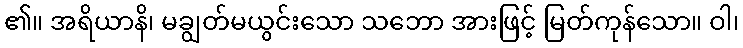
၏။ အရိယာနိ၊ မချွတ်မယွင်းသော သဘော အားဖြင့် မြတ်ကုန်သော။ ဝါ၊